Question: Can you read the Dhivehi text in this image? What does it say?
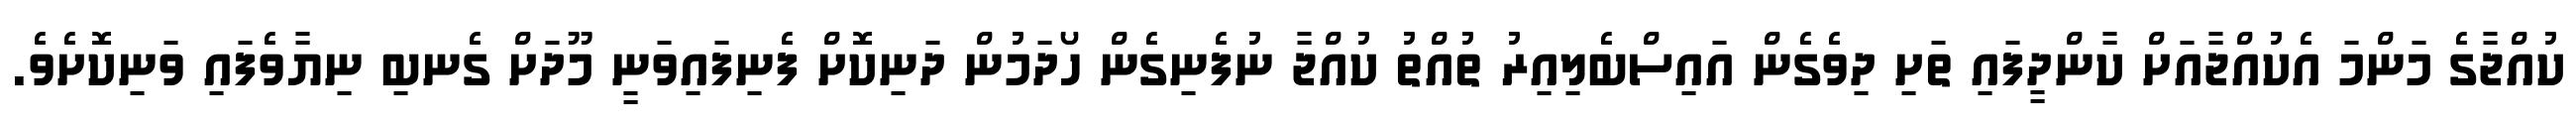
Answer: ކުއްޖާގެ މަންމަ އެކުއްޖާއަށް ކާންދީފައި ތަށި ދިވެގެން އައިސްބެލިއިރު ތުއްތު ކުއްޖާ ނުފެނިގެން ހޯދަމުން ދަނިކޮށް ފެނިފައިވަނީ މޫދަށް ގެނބި ނިޔާވެފައި ވަނިކޮށެވެ.